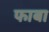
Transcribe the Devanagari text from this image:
फाबा